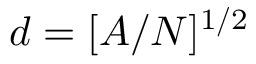
d = [ A / N ] ^ { 1 / 2 }